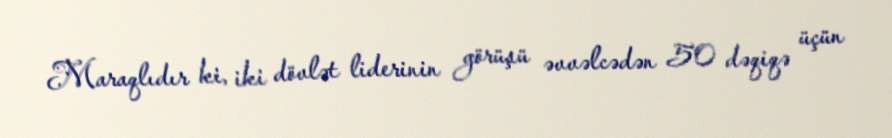
Maraqlıdır ki, iki dövlət liderinin görüşü əvvəlcədən 50 dəqiqə üçün